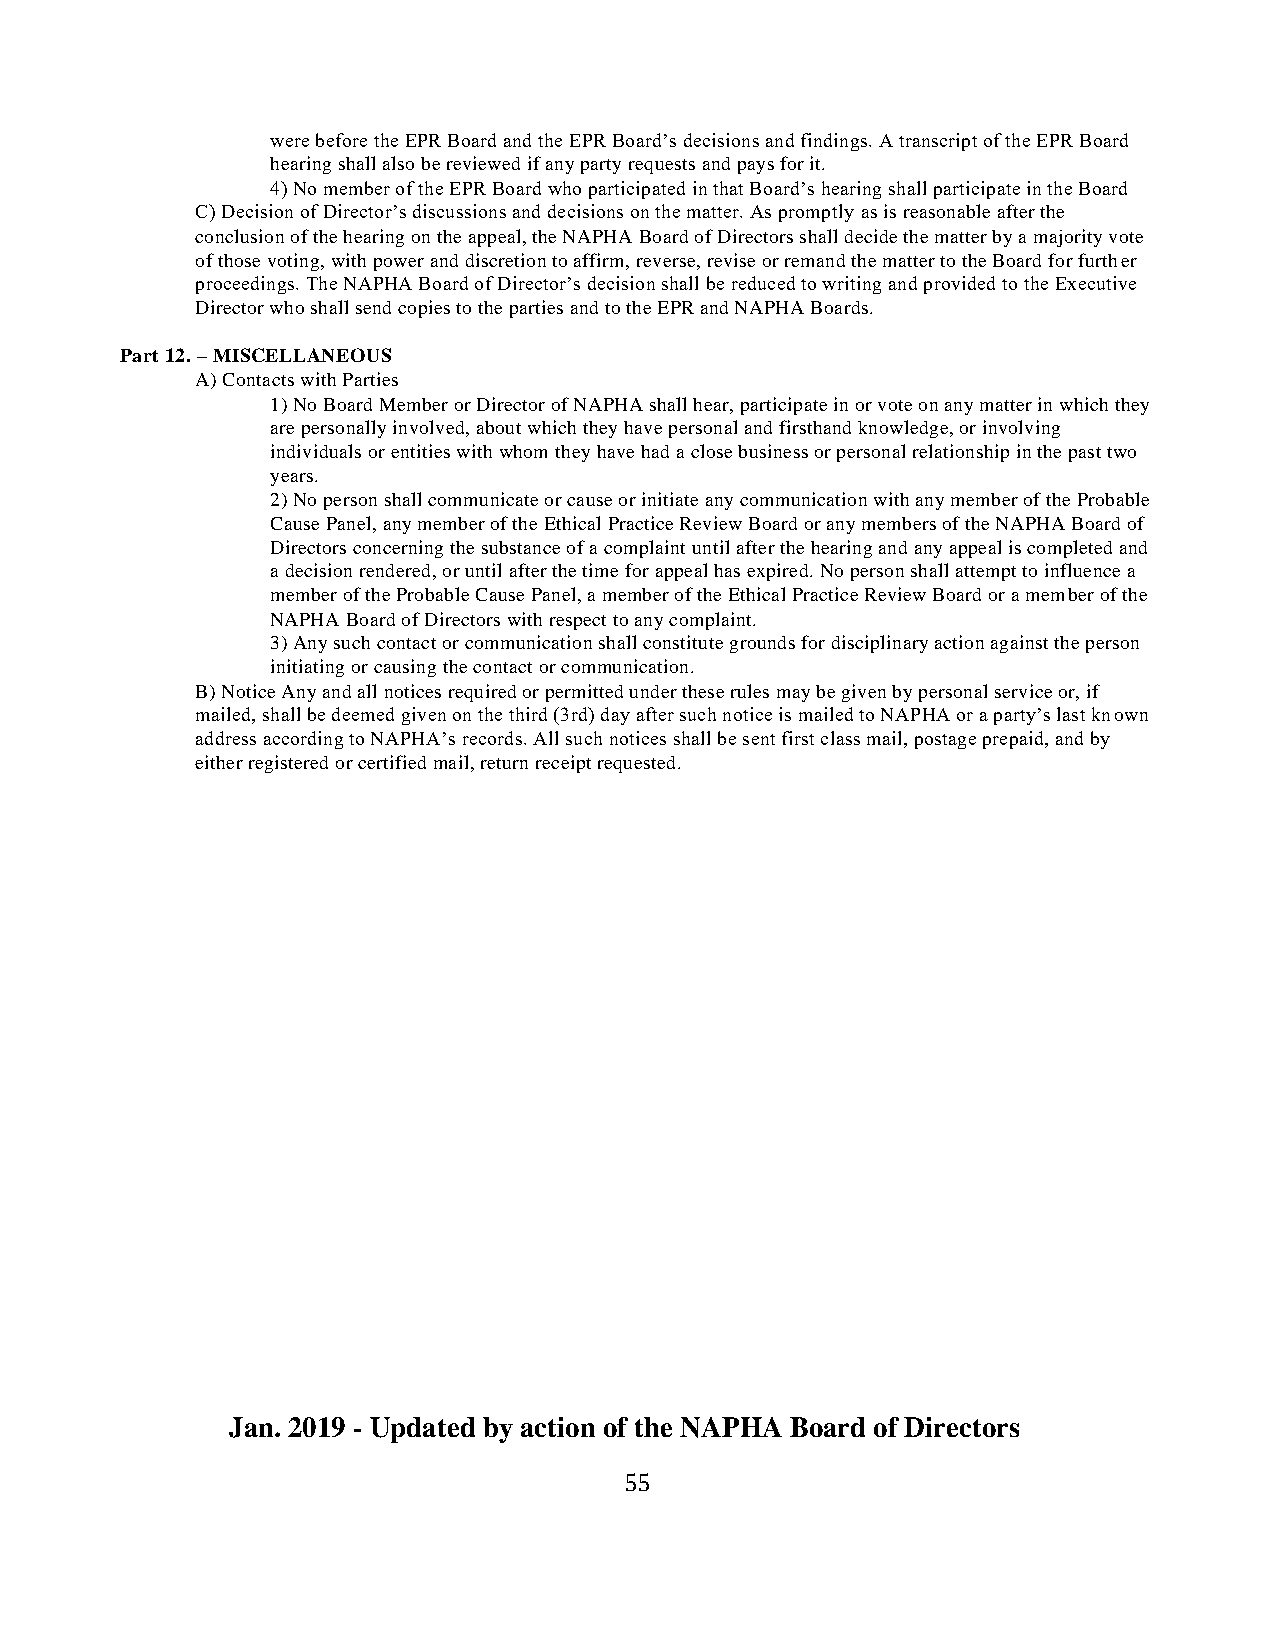
were before the EPR Board and the EPR Board’s decisions and findings. A transcript of the EPR Board
 hearing shall also be reviewed if any party requests and pays for it.
 4) No member of the EPR Board who participated in that Board’s hearing shall participate in the Board
 C) Decision of Director’s discussions and decisions on the matter. As promptly as is reasonable after the
 conclusion of the hearing on the appeal, the NAPHA Board of Directors shall decide the matter by a majority vote
 of those voting, with power and discretion to affirm, reverse, revise or remand the matter to the Board for further
 proceedings. The NAPHA Board of Director’s decision shall be reduced to writing and provided to the Executive
 Director who shall send copies to the parties and to the EPR and NAPHA Boards.
 Part 12. – MISCELLANEOUS
 A) Contacts with Parties
 1) No Board Member or Director of NAPHA shall hear, participate in or vote on any matter in which they
 are personally involved, about which they have personal and firsthand knowledge, or involving
 individuals or entities with whom they have had a close business or personal relationship in the past two
 years.
 2) No person shall communicate or cause or initiate any communication with any member of the Probable
 Cause Panel, any member of the Ethical Practice Review Board or any members of the NAPHA Board of
 Directors concerning the substance of a complaint until after the hearing and any appeal is completed and
 a decision rendered, or until after the time for appeal has expired. No person shall attempt to influence a
 member of the Probable Cause Panel, a member of the Ethical Practice Review Board or a member of the
 NAPHA Board of Directors with respect to any complaint.
 3) Any such contact or communication shall constitute grounds for disciplinary action against the person
 initiating or causing the contact or communication.
 B) Notice Any and all notices required or permitted under these rules may be given by personal service or, if
 mailed, shall be deemed given on the third (3rd) day after such notice is mailed to NAPHA or a party’s last known
 address according to NAPHA’s records. All such notices shall be sent first class mail, postage prepaid, and by
 either registered or certified mail, return receipt requested.
 Jan. 2019 - Updated by action of the NAPHA Board of Directors
 55